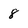
Character: 8